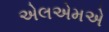
એલએમએ